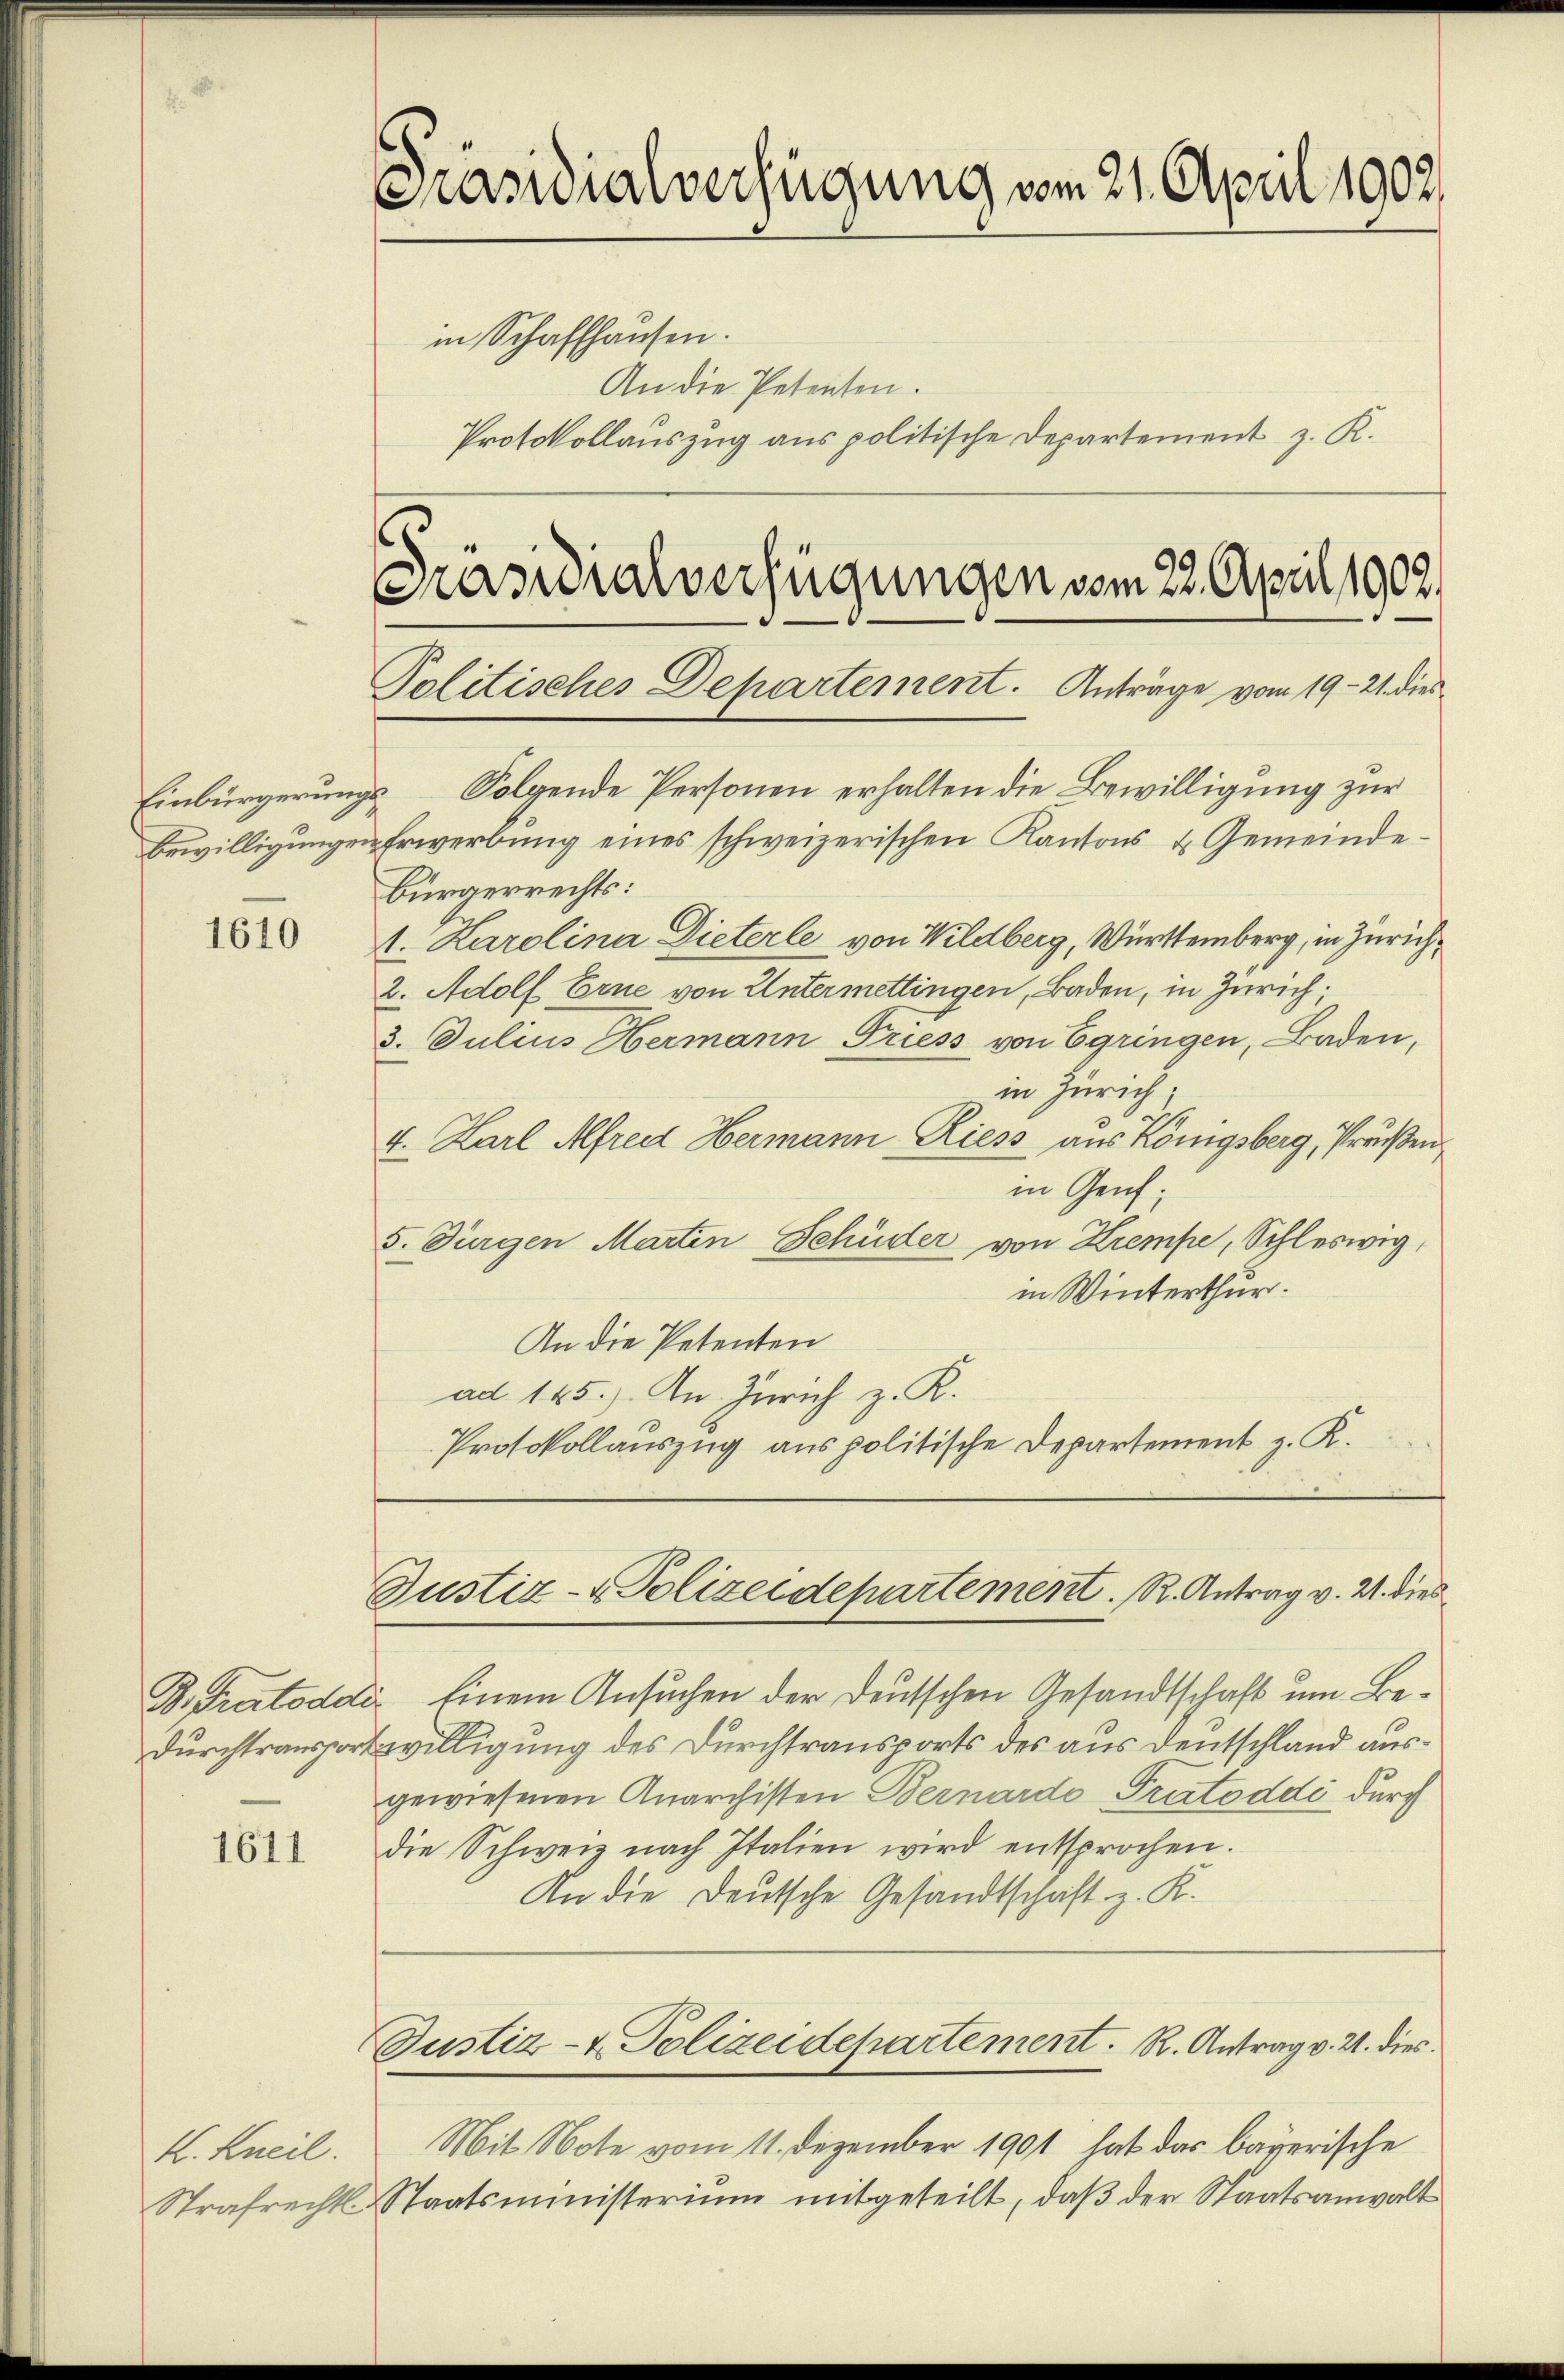
Einbürgerung
bewilligungen

1610

1611

K. Kneil.

Präsidialverfügung vom 21. April 1902
in Schaffhausen.
An die Petenten.
Protokollauszug aus politische Departement z. R.

Präsidialverfügungen vom 28. April 1902.

Politisches Departement. Anträge vom 19. 21. dies
 Folgende Personen erhalten die Bewilligung zur
ehrwerbŭng eines schweizerischen Kantons u Gemeinde¬
Bürgerrechts:
1. Karolina Dieterle von Wildberg, Württemberg, in Zürich¬
2. Adolf Erne von Untermettingen, Baden, in Zürich.
3. Julius Hermann Triess von Egringen, Baden,
in Zürich;
4. Karl Alfred Hermann, Riess aus Königsberg, Preußen
in Genf;
5. Turgen Marten Schüder von Krempe, Schleswig,
in Winterthur.
An die Petenten
ad 145.) An Zürich z. R.
Protokollauszug aus politische Departement z. R.

D. Pratoddi einem Ansuchen der Deutschen Gesandtschaft um Be¬
Durchtransportwilligung des Durchtransports des aus Deutschland ausgewiesenen Anarchisten Bernardo Pratoddi durch
die Schweiz nach Italien wird entsprochen.
An die Deutsche Gesandtschaft z. K.

Mit Note vom 11. Dezember 1901 hat das bayerische
Strafrecht Staatsministerium mitgeteilt, daβ der Staatsanwalt

Justiz- & Polizeidepartement. R. Antrag v. 2. dies

Justiz- & Polizeidepartement. R. Antrag v. 2. dies